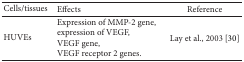
<table><thead><tr><td><b>Cells/tissues</b></td><td><b>Effects</b></td><td><b>Reference</b></td></tr></thead><tbody><tr><td>HUVEs</td><td>Expression of MMP-2 gene,expression of VEGF,VEGF gene,VEGF receptor 2 genes.</td><td>Lay et al., 2003 [30]</td></tr></tbody></table>